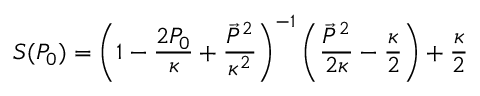
S ( P _ { 0 } ) = \left( 1 - \frac { 2 P _ { 0 } } { \kappa } + \frac { \vec { P } ^ { 2 } } { \kappa ^ { 2 } } \right) ^ { - 1 } \left( \frac { \vec { P } ^ { 2 } } { 2 \kappa } - \frac { \kappa } { 2 } \right) + \frac { \kappa } { 2 }